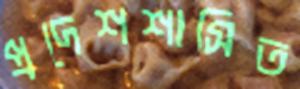
প্রদেশশাসিত